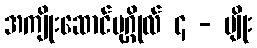
အကျိုးဆောင်ပုဂ္ဂိုလ် ၄ - မျိုး